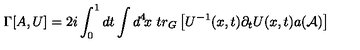
\Gamma [ A , U ] = 2 i \int _ { 0 } ^ { 1 } d t \int d ^ { 4 } \! x \ t r _ { G } \left[ U ^ { - 1 } ( x , t ) \partial _ { t } U ( x , t ) a ( { \cal A } ) \right]